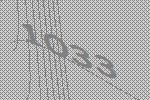
1033